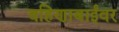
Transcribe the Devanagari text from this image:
बहिणाबाईंवर